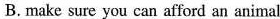
B. make sure you can afford an animal